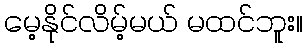
မေ့နိုင်လိမ့်မယ် မထင်ဘူး။